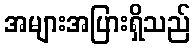
အများအပြားရှိသည်